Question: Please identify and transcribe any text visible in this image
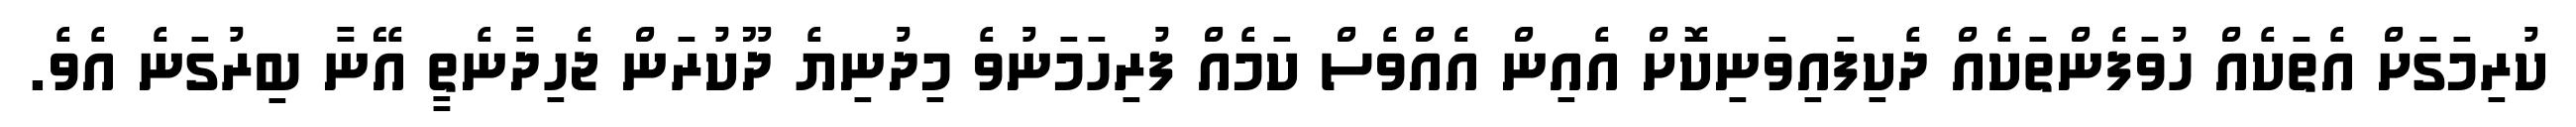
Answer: ކުރިމަގަށް އެތަކެއް ހުވަފެންތަކެއް ދެކިފައިވަނިކޮށް އެއިން އެއްވެސް ކަމެއް ފުރިހަމަނުވެ މިދުނިޔެ ދޫކުރަން ޖެހިދާނެތީ އޭނާ ބިރުގަނެ އެވެ.